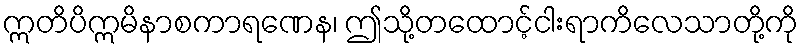
ဣတိပိဣမိနာစကာရဏေန၊ ဤသို့တထောင့်ငါးရာကိလေသာတို့ကို